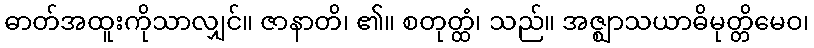
ဓာတ်အထူးကိုသာလျှင်။ ဇာနာတိ၊ ၏။ စတုတ္ထံ၊ သည်။ အဇ္ဈာသယာဓိမုတ္တိမေဝ၊